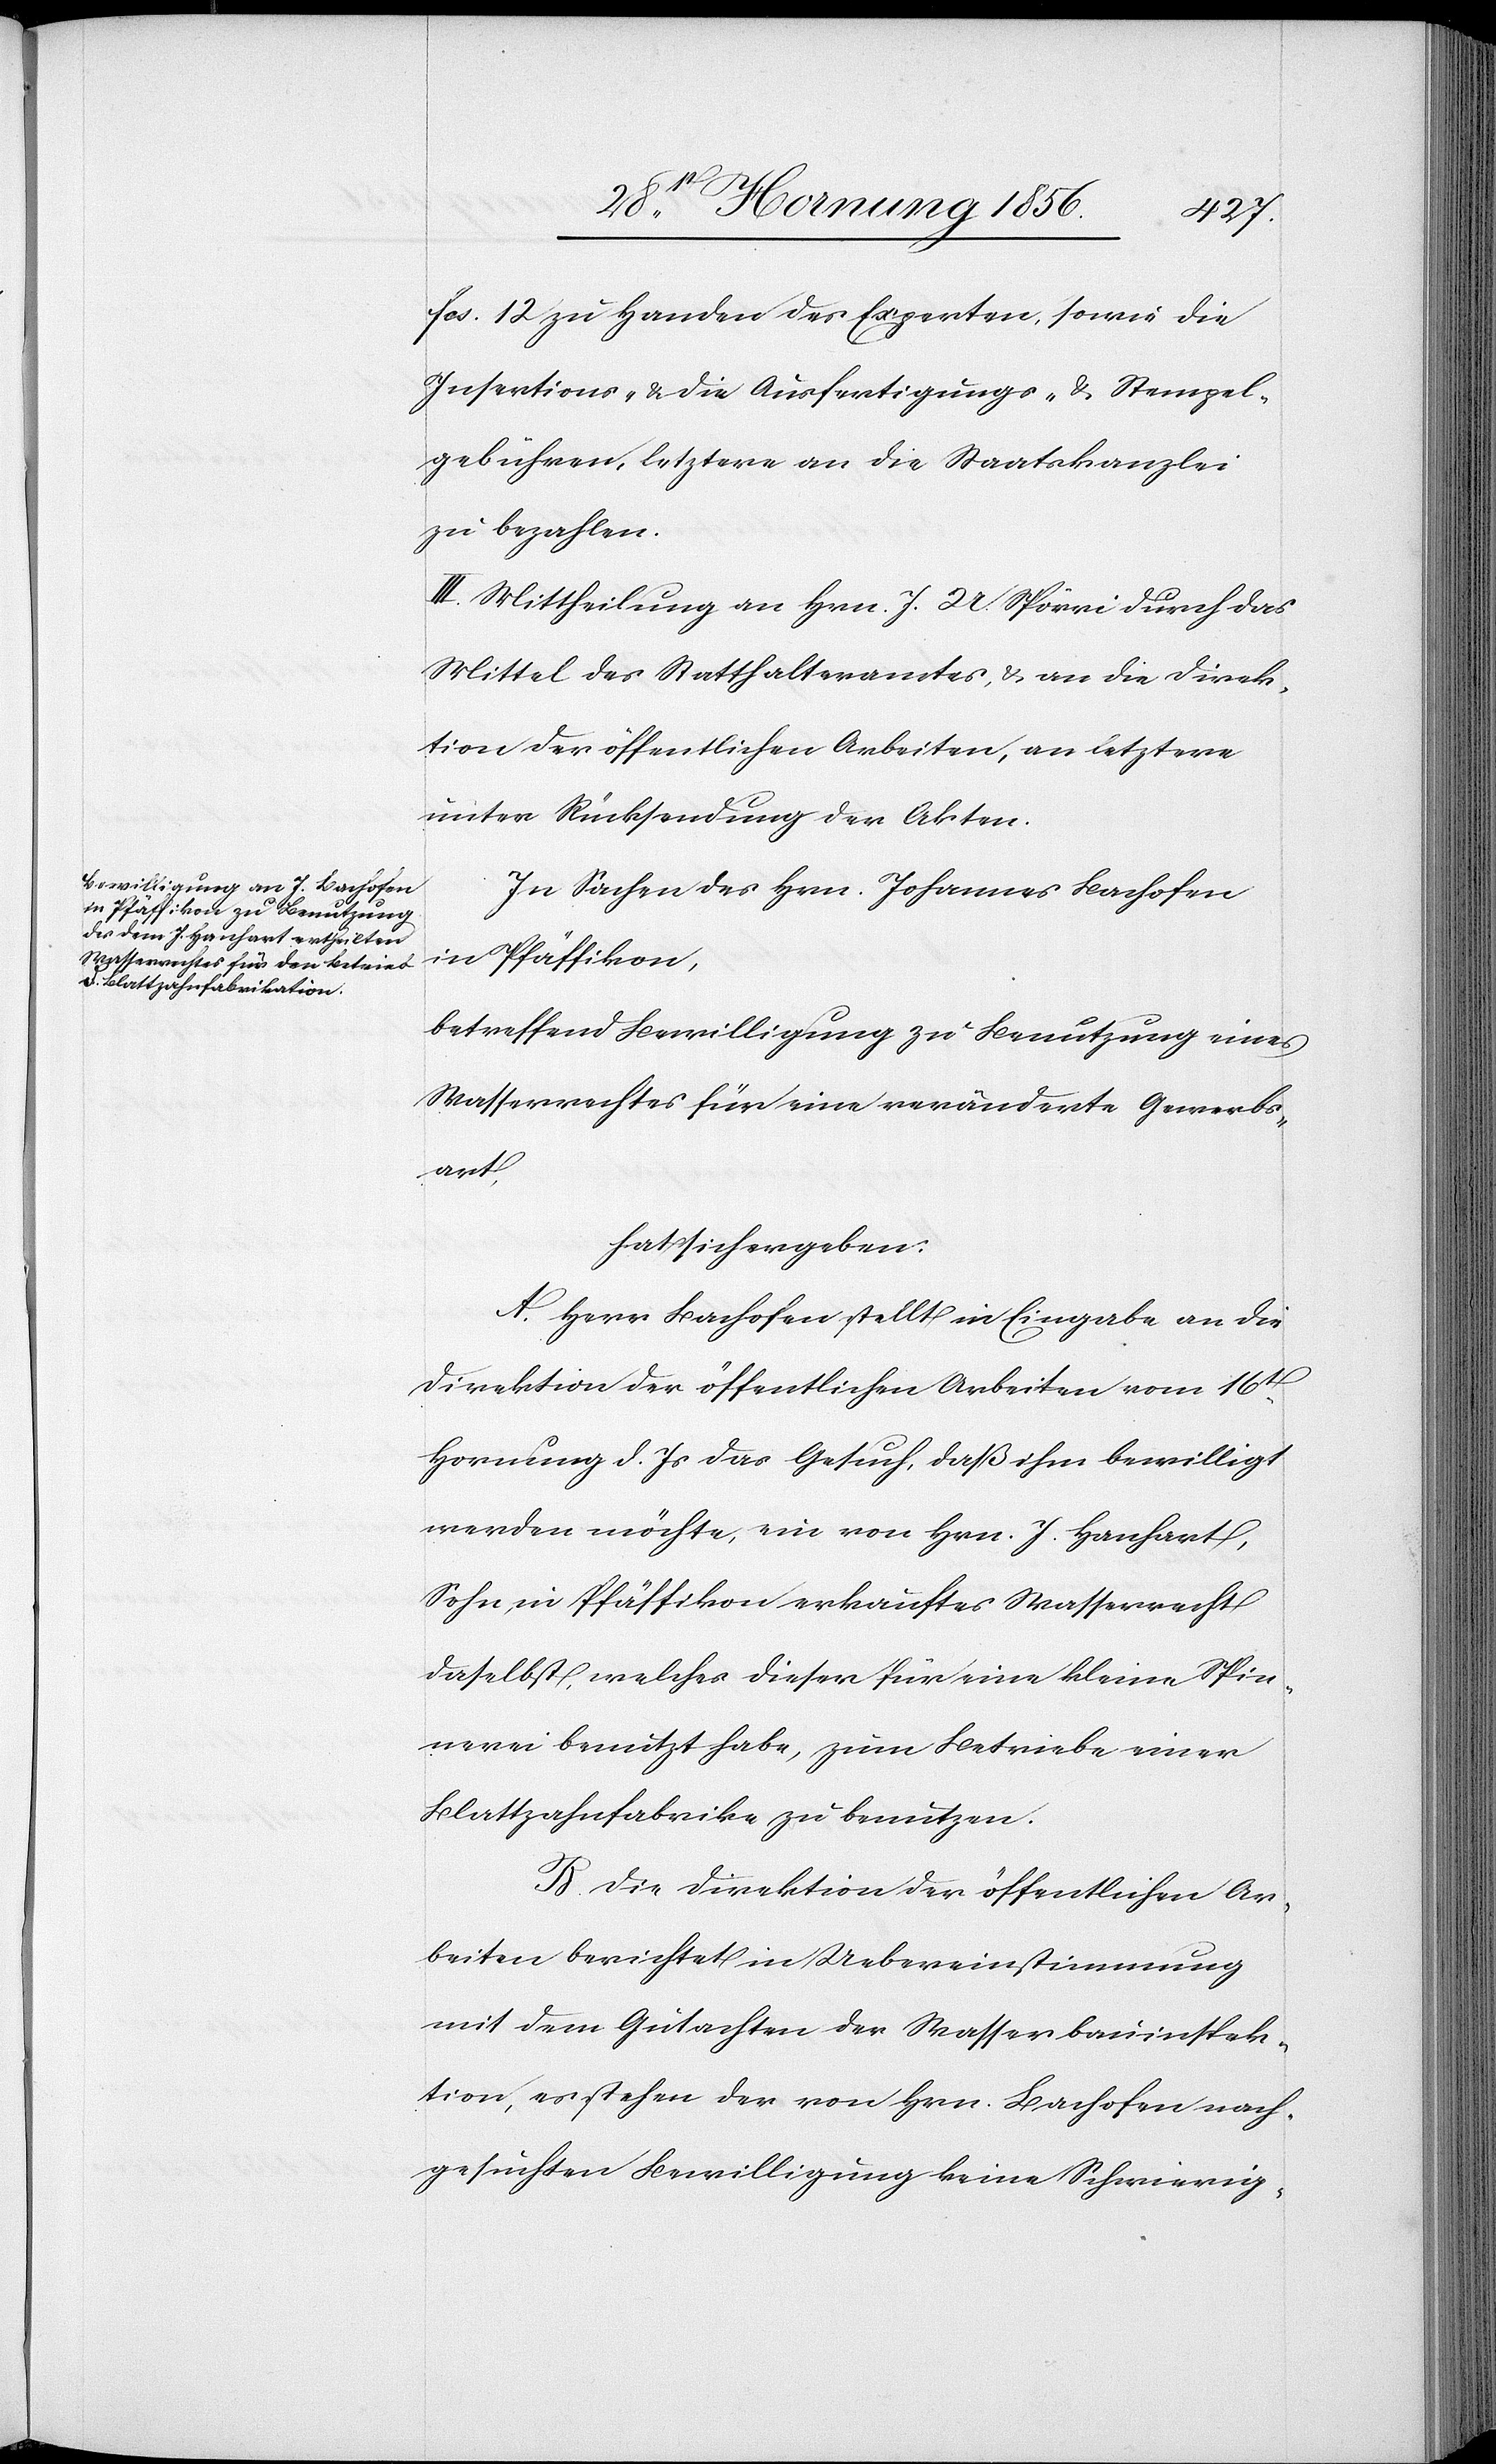
fcs. 12 zu Handen des Experten, sowie die
Insertions- & die Ausfertigungs- & Stempel¬
gebühren, letztere an die Staatskanzlei
zu bezahlen.
III. Mittheilung an Hrn. J. U. Spörri durch das
Mittel des Statthalteramtes, & an die Direk¬
tion der öffentlichen Arbeiten, an letztere
unter Rücksendung der Akten.
In Sachen des Hrn. Johannes Bachofen
in Pfäffikon,
betreffend Bewilligung zu Benutzung eines
Wasserrechtes für eine veränderte Gewerbs¬
art,
hat sich ergeben:
A. Herr Bachofen stellt ein Eingabe an die
Direktion der öffentlichen Arbeiten vom 16t
Hornung d. Js das Gesuch, daß ihm bewilligt
werden möchte, ein von Hrn. J. Hanhart,
Sohn in Pfäffikon erkauftes Wasserrecht
daselbst, welches dieser für eine kleine Spin¬
nerei benutzt habe, zum Betriebe einer
Blattzahnfabrike zu benutzen.
B. Die Direktion der öffentlichen Ar¬
beiten berichtet in Uebereinstimmung
mit dem Gutachten der Wasserbauinspek¬
tion, es stehen der von Hrn. Bachofen nach¬
gesuchten Bewilligung keine Schwierig-